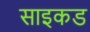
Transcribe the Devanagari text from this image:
साइकड